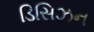
ડિસિઝન